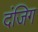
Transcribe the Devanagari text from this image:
दंजिग